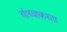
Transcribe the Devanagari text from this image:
यांच्याकरता